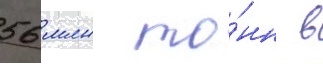
56 млн то́нн в